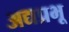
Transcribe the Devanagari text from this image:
अद्यप्रभू